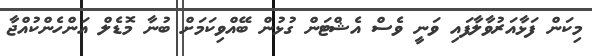
މިކަން ފަޅާއަރުވާލާފައި ވަނީ ވެސް އެޝްޓަން ގުޅުން ބޭއްވިކަމަށް ބުނާ މޮޑެލް އަންހެންކުއްޖާ